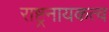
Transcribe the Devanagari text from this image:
राष्ट्रनायकत्व